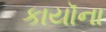
કાયૉના